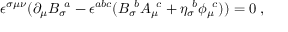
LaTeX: \epsilon ^ { \sigma \mu \nu } ( \partial _ { \mu } { B _ { \sigma } } \! ^ { a } - \epsilon ^ { a b c } ( { B _ { \sigma } } \! ^ { b } { A _ { \mu } } \! ^ { c } + { \eta _ { \sigma } } \! ^ { b } { \phi _ { \mu } } \! ^ { c } ) ) = 0 \; ,